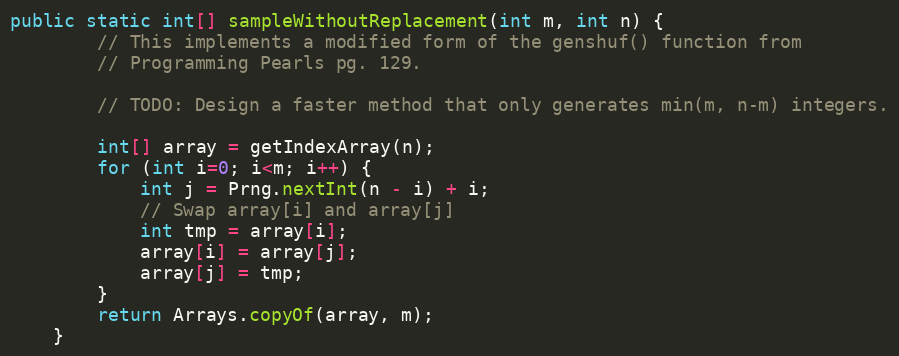
Language: Java
public static int[] sampleWithoutReplacement(int m, int n) {
        // This implements a modified form of the genshuf() function from
        // Programming Pearls pg. 129.

        // TODO: Design a faster method that only generates min(m, n-m) integers.

        int[] array = getIndexArray(n);
        for (int i=0; i<m; i++) {
            int j = Prng.nextInt(n - i) + i;
            // Swap array[i] and array[j]
            int tmp = array[i];
            array[i] = array[j];
            array[j] = tmp;
        }
        return Arrays.copyOf(array, m);
    }